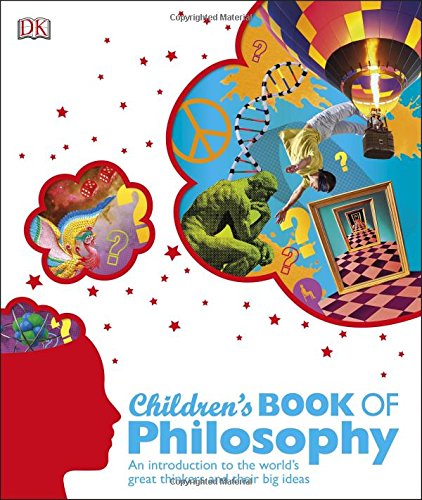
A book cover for Children's Book of Philosophy; DK; Children's Books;